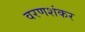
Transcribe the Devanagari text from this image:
वरणशंकर